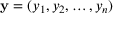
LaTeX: \mathbf { y } = ( y _ { 1 } , y _ { 2 } , \ldots , y _ { n } )